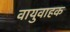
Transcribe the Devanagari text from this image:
वायुवाहक